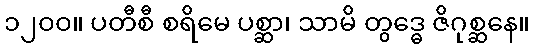
၁၂၀၀။ ပတီစီ စရိမေ ပစ္ဆာ၊ သာမိ တွဒ္ဓေ ဇိဂုစ္ဆနေ။